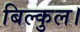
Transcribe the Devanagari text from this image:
बिल्कुल।